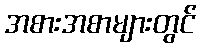
အစားအစာများတွင်